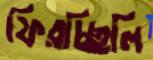
ফিরচ্ছিলি